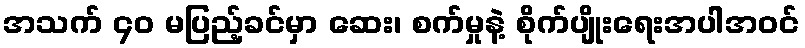
အသက် ၄၀ မပြည့်ခင်မှာ ဆေး၊ စက်မှုနဲ့ စိုက်ပျိုးရေးအပါအဝင်